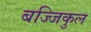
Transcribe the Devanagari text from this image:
बज्जिकुल